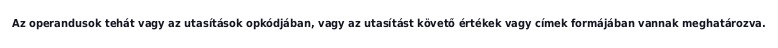
Az operandusok tehát vagy az utasítások opkódjában, vagy az utasítást követő értékek vagy címek formájában vannak meghatározva.